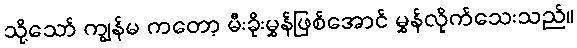
သို့သော် ကျွန်မ ကတော့ မီးခိုးမွှန်ဖြစ်အောင် မွှန်လိုက်သေးသည်။